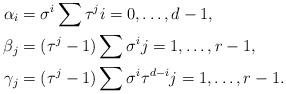
LaTeX: \begin{align*} \alpha_i&=\sigma^i\sum \tau^ji=0,\dots,d-1,\\ \beta_j&=(\tau^j-1)\sum \sigma^ij=1,\dots,r-1,\\ \gamma_j&=(\tau^j-1)\sum \sigma^i\tau^{d-i}j=1,\dots,r-1. \end{align*}